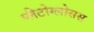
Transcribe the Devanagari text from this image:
प्लैटोग्लोसस